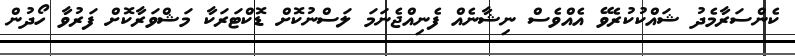
ކެންސަރާމެދު ޝައްކުކުރެވޭ އެއްވެސް ނިޝާނެއް ފެނިއްޖެނަމަ ލަސްނުކޮށް ޑޮކްޓަރަކާ މަޝްވަރާކޮށް ފަރުވާ ހޯދުން